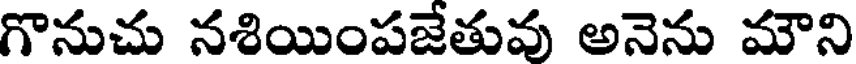
గొనుచు నశియింపజేతువు అనెను మౌని